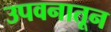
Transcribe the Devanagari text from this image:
उपवनातून